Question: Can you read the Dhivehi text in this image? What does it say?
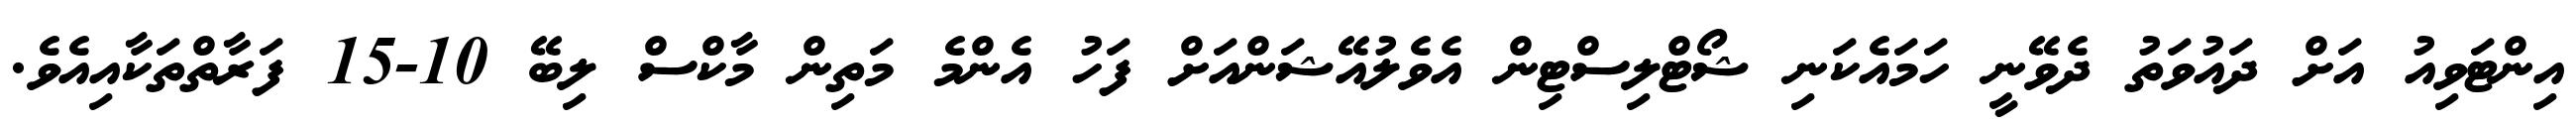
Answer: އިންޓަވިއު އަށް ދައުވަތު ދެވޭނީ ހަމައެކަނި ޝޯޓްލިސްޓިން އެވެލުއޭޝަންއަށް ފަހު އެންމެ މަތިން މާކްސް ލިބޭ 10-15 ފަރާތްތަކާއިއެވެ.